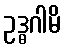
ဥဒ္ဓဂါမိ